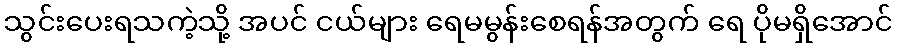
သွင်းပေးရသကဲ့သို့ အပင် ငယ်များ ရေမမွန်းစေရန်အတွက် ရေ ပိုမရှိအောင်